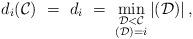
LaTeX: \begin{align*}d_i({\cal C}) \ = \ d_i \ = \ \min_{\substack{ \mathcal{D} < \mathcal{C} \\ (\mathcal{D}) = i }}\left|({\cal D}) \right| ,\end{align*}